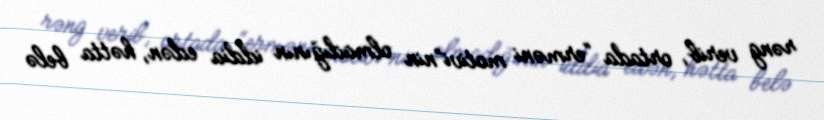
rəng verib, ortada “erməni motivi”nin olmadığının iddia edən, hətta belə